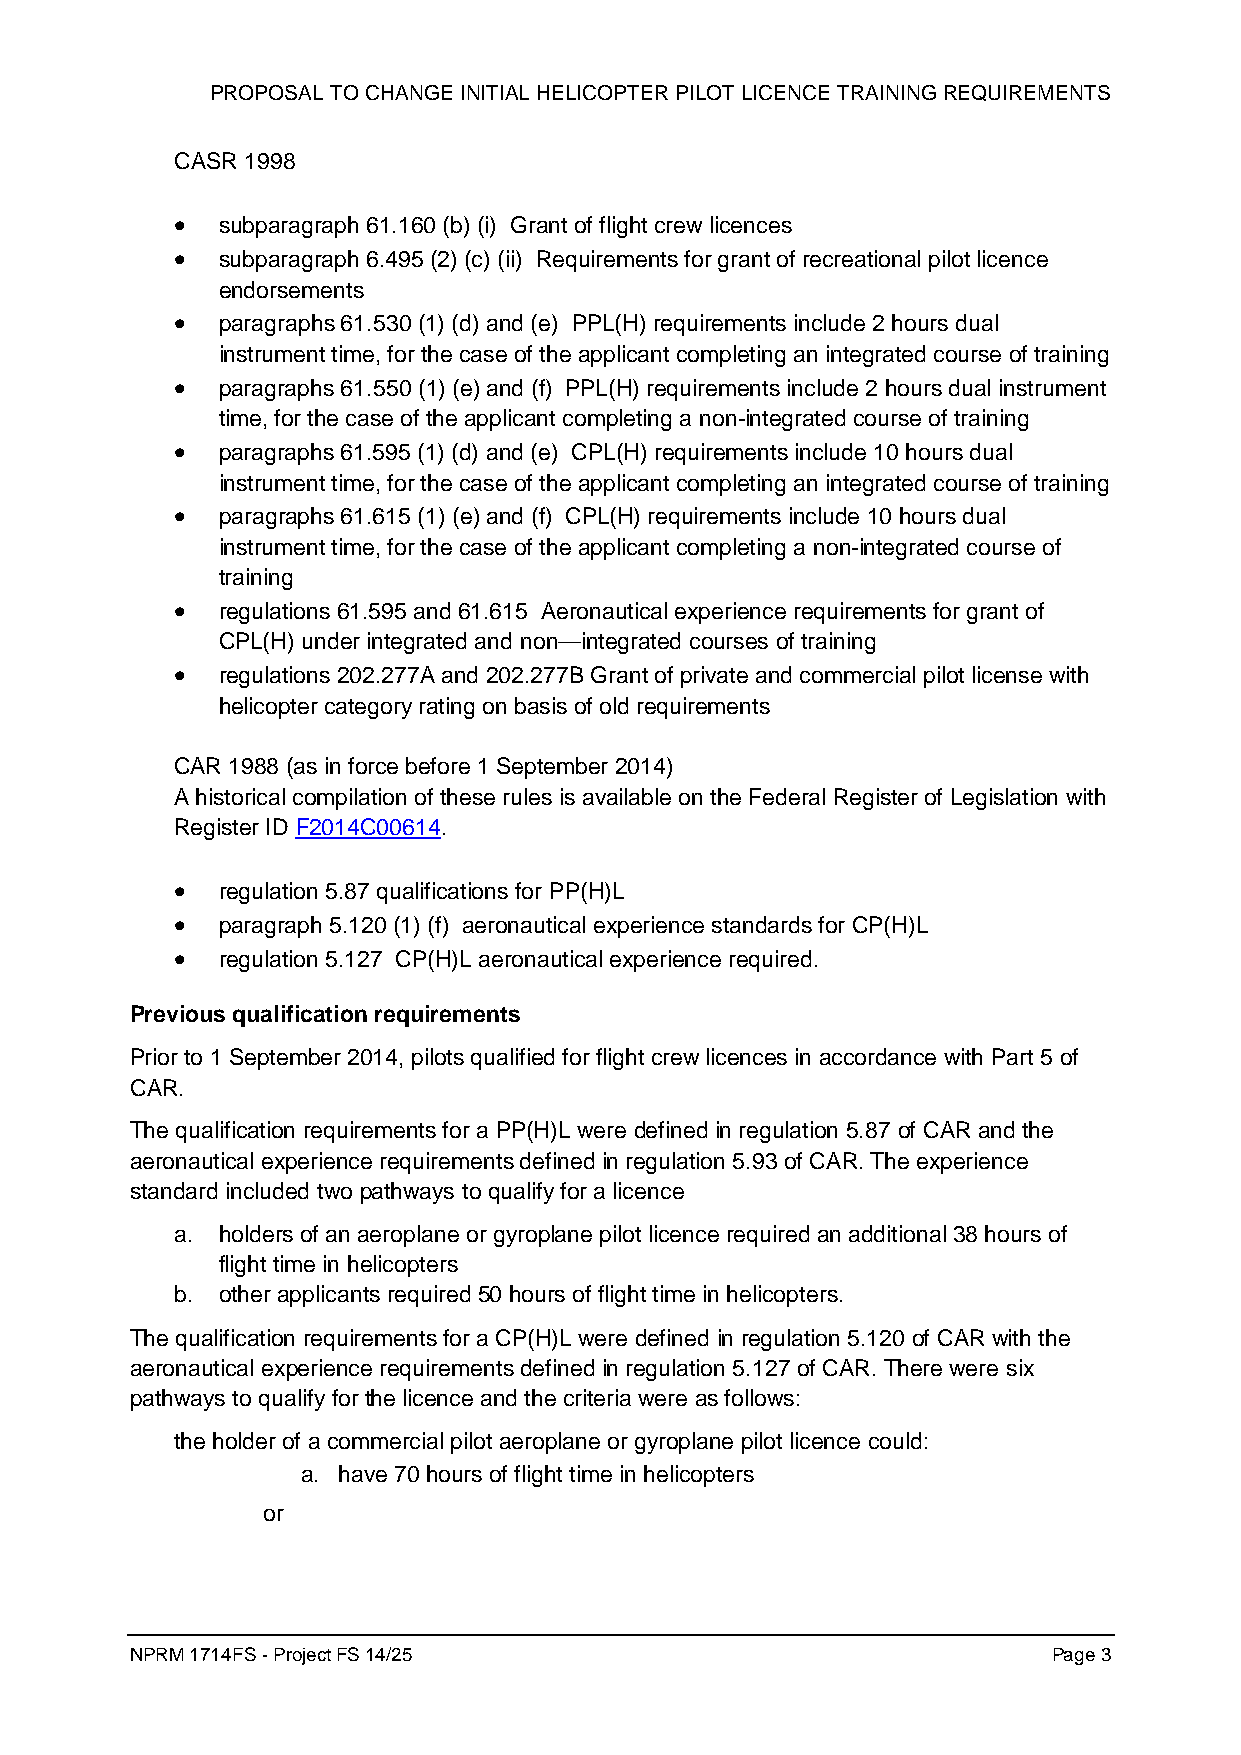
PROPOSAL TO CHANGE INITIAL HELICOPTER PILOT LICENCE TRAINING REQUIREMENTS
 CASR 1998
 • subparagraph 61.160 (b) (i) Grant of flight crew licences
 • subparagraph 6.495 (2) (c) (ii) Requirements for grant of recreational pilot licence
 endorsements
 • paragraphs 61.530 (1) (d) and (e) PPL(H) requirements include 2 hours dual
 instrument time, for the case of the applicant completing an integrated course of training
 • paragraphs 61.550 (1) (e) and (f) PPL(H) requirements include 2 hours dual instrument
 time, for the case of the applicant completing a non-integrated course of training
 • paragraphs 61.595 (1) (d) and (e) CPL(H) requirements include 10 hours dual
 instrument time, for the case of the applicant completing an integrated course of training
 • paragraphs 61.615 (1) (e) and (f) CPL(H) requirements include 10 hours dual
 instrument time, for the case of the applicant completing a non-integrated course of
 training
 • regulations 61.595 and 61.615 Aeronautical experience requirements for grant of
 CPL(H) under integrated and non—integrated courses of training
 • regulations 202.277A and 202.277B Grant of private and commercial pilot license with
 helicopter category rating on basis of old requirements
 CAR 1988 (as in force before 1 September 2014)
 A historical compilation of these rules is available on the Federal Register of Legislation with
 Register ID F2014C00614.
 • regulation 5.87 qualifications for PP(H)L
 • paragraph 5.120 (1) (f) aeronautical experience standards for CP(H)L
 • regulation 5.127 CP(H)L aeronautical experience required.
 Previous qualification requirements
 Prior to 1 September 2014, pilots qualified for flight crew licences in accordance with Part 5 of
 CAR.
 The qualification requirements for a PP(H)L were defined in regulation 5.87 of CAR and the
 aeronautical experience requirements defined in regulation 5.93 of CAR. The experience
 standard included two pathways to qualify for a licence
 a. holders of an aeroplane or gyroplane pilot licence required an additional 38 hours of
 flight time in helicopters
 b. other applicants required 50 hours of flight time in helicopters.
 The qualification requirements for a CP(H)L were defined in regulation 5.120 of CAR with the
 aeronautical experience requirements defined in regulation 5.127 of CAR. There were six
 pathways to qualify for the licence and the criteria were as follows:
 the holder of a commercial pilot aeroplane or gyroplane pilot licence could:
 a. have 70 hours of flight time in helicopters
 or
 NPRM 1714FS - Project FS 14/25                               Page 3